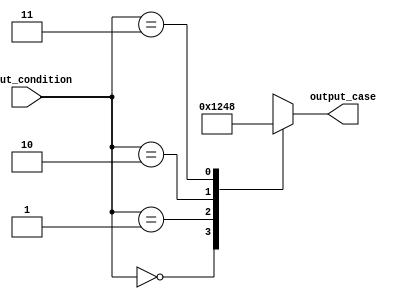
module generate_case_module (
    input [1:0] input_condition,
    output reg [3:0] output_case
);

always @* begin
    case (input_condition)
        2'b00: output_case = 4'b0001;
        2'b01: output_case = 4'b0010;
        2'b10: output_case = 4'b0100;
        2'b11: output_case = 4'b1000;
        default: output_case = 4'b0000;
    endcase
end

endmodule